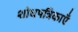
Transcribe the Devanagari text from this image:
शोधपत्रिकाएँ